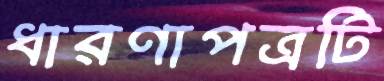
ধারণাপত্রটি